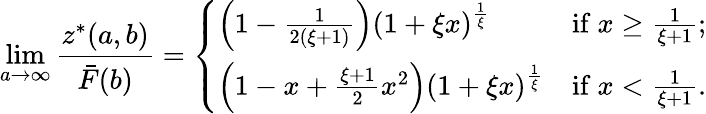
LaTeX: \operatorname*{lim}_{a\rightarrow\infty}\frac{z^{*}(a,b)}{\bar{F}(b)}=\left\{ \begin{array}{ll}{\left(1-\frac{1}{2(\xi+1)}\right)(1+\xi x)^{\frac{1}{\xi}}}&{\mathrm{if~}x\geq\frac{1}{\xi+1};}\\ {\left(1-x+\frac{\xi+1}{2}x^{2}\right)(1+\xi x)^{\frac{1}{\xi}}}&{\mathrm{if~}x<\frac{1}{\xi+1}.}\end{array}\right.